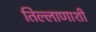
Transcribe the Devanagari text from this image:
तिल्लाणाशी